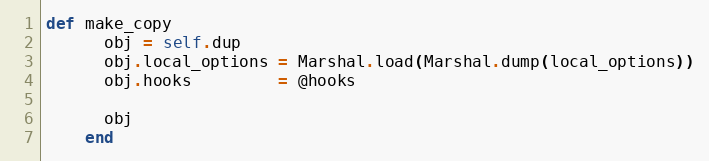
Language: Ruby
def make_copy
      obj = self.dup
      obj.local_options = Marshal.load(Marshal.dump(local_options))
      obj.hooks         = @hooks

      obj
    end